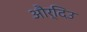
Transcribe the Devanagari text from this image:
और्दिउ